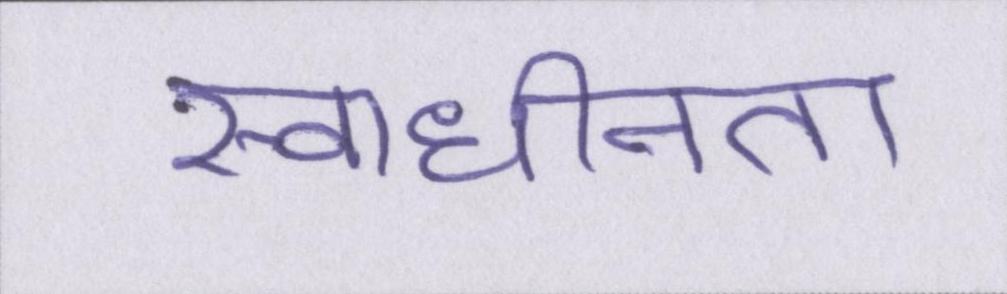
स्वाधीनता